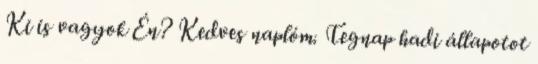
Ki is vagyok Én? Kedves naplóm. Tegnap hadi állapotot